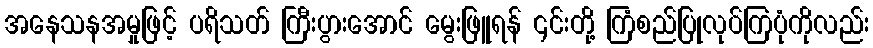
အနေသနအမှုဖြင့် ပရိသတ် ကြီးပွားအောင် မွေးဖြူရန် ၎င်းတို့ ကြံစည်ပြုလုပ်ကြပုံကိုလည်း